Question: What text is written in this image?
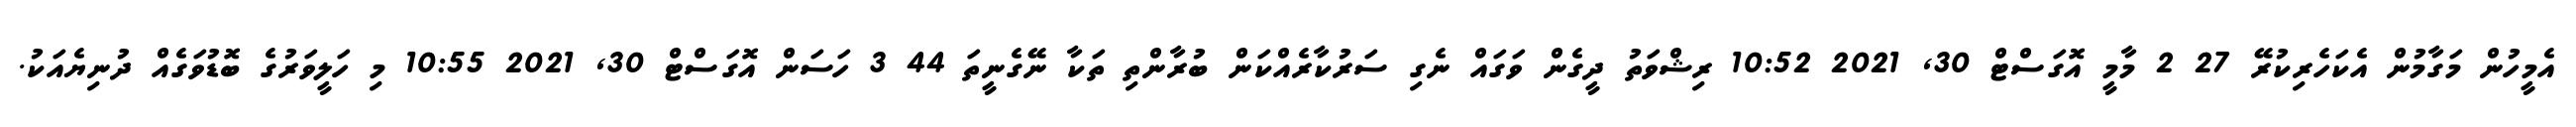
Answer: އެމީހުން މަގާމުން އެކަހެރިކުރޭ 27 2 މާމީ އޮގަސްޓް 30, 2021 10:52 ރިޝްވަތު ދީގެން ވަގައް ނެގި ސަރުކާރެއްކަން ބުރާންތި ތަކާ ނޭގެނީތަ 44 3 ހަސަން އޮގަސްޓް 30, 2021 10:55 މި ހަލީވަރުގެ ބޮޑުވަގެއް ދުނިޔެއަކު.